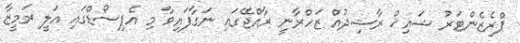
ޕްރެޒެންޓަރު ޝައިޚް ރާޝިދުއް ޒަހްރާނީ ރާއްޖޭގައި ނަގާފައިވާ މި އެޕިސޯޑްގައި އަލީ ރަމީޒާ